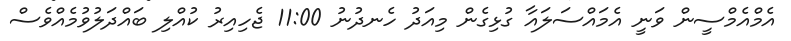
އެމްއެމްސީން ވަނީ އެމައްސަލައާ ގުޅިގެން މިއަދު ހެނދުނު 11:00 ޖެހިއިރު ކުއްލި ބައްދަލުވުމެއްވެސް